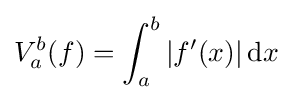
V_{a}^{b}(f)=\int _{a}^{b}|f'(x)|\,\mathrm {d} x